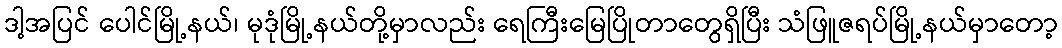
ဒါ့အပြင် ပေါင်မြို့နယ်၊ မုဒုံမြို့နယ်တို့မှာလည်း ရေကြီးမြေပြိုတာတွေရှိပြီး သံဖြူဇရပ်မြို့နယ်မှာတော့